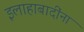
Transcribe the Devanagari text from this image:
इलाहाबादींना